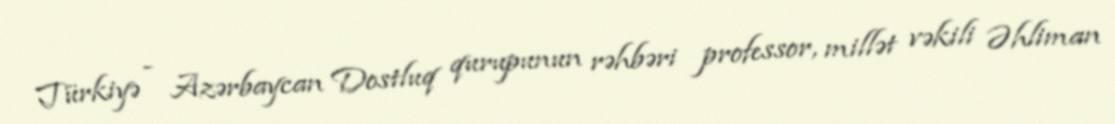
Türkiyə - Azərbaycan Dostluq qurupunun rəhbəri professor, millət vəkili Əhliman